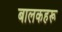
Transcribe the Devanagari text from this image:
बालकहरू